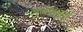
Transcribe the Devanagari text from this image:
राजसाबाई